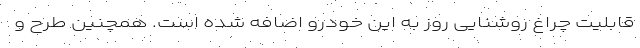
قابلیت چراغ روشنایی روز به این خودرو اضافه شده است. همچنین طرح و